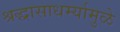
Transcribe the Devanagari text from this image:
श्रद्धासाधर्म्यामुळे